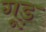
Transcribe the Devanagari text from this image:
गूड़